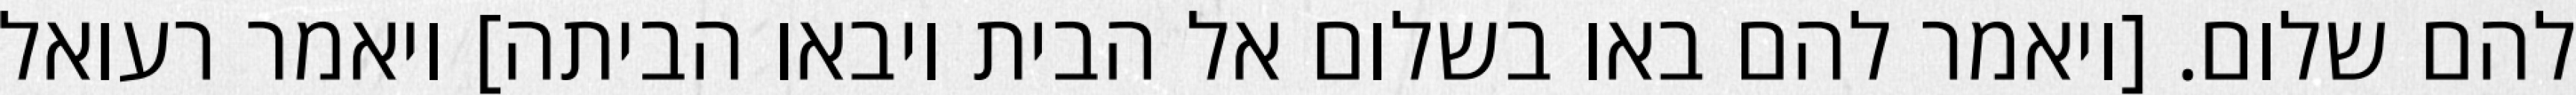
להם שלום. [ויאמר להם באו בשלום אל הבית ויבאו הביתה] ויאמר רעואל